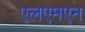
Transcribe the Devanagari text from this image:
एलएमएन